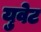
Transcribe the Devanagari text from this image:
युवेट